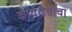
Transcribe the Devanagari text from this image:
कार्यक्षेत्राचा